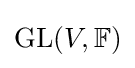
{\text{GL}}(V,\mathbb {F} )